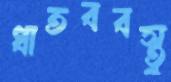
ধাতববস্তু